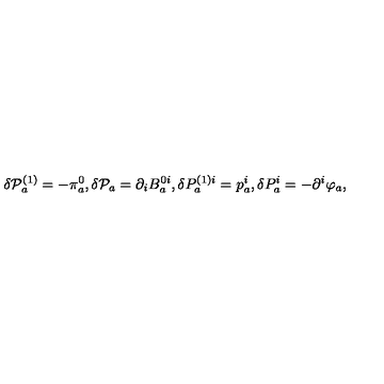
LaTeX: \delta \mathcal { P } _ { a } ^ { ( 1 ) } = - \pi _ { a } ^ { 0 } , \delta \mathcal { P } _ { a } = \partial _ { i } B _ { a } ^ { 0 i } , \delta P _ { a } ^ { ( 1 ) i } = p _ { a } ^ { i } , \delta P _ { a } ^ { i } = - \partial ^ { i } \varphi _ { a } ,